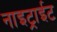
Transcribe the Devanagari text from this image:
नाइट्राईट